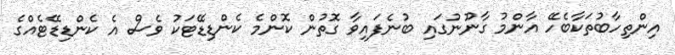
އިންތިހާބުތަކާބެހޭ އާންމު ގާނޫނުގައި ބުނެފައިވާ ގޮތުން ކޮންމެ ކެންޑިޑޭޓަކު ވެސް އެ ކެންޑިޑޭޓެއްގެ